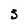
Character: 3